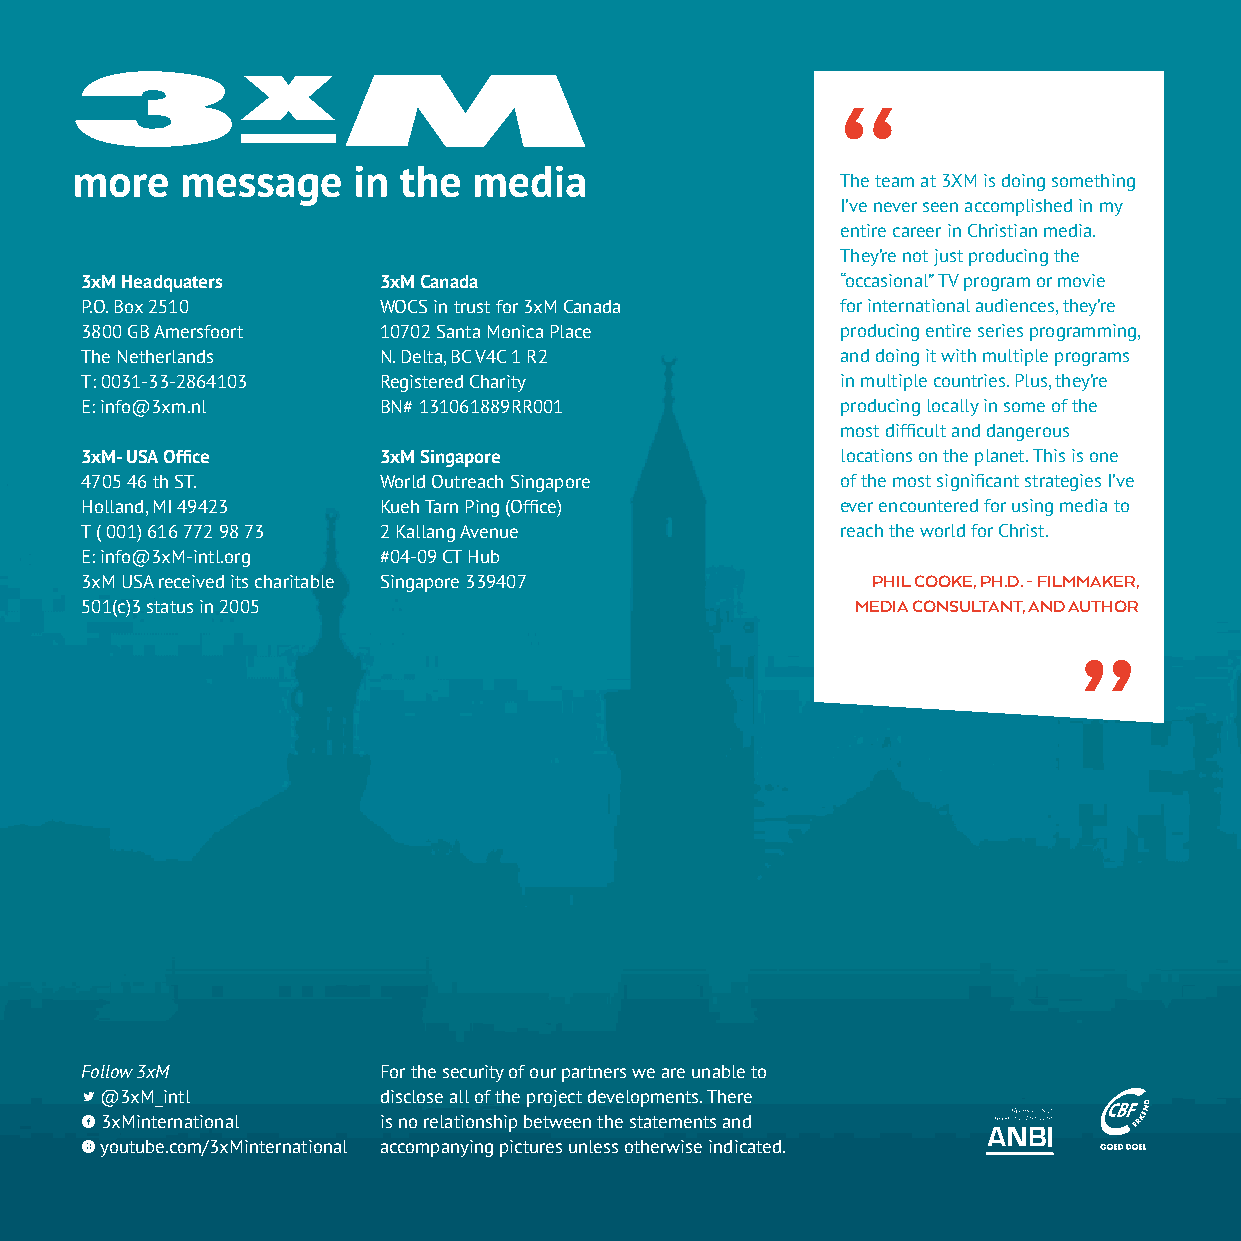
“
 The team at 3XM is doing something
 I’ve never seen accomplished in my
 entire career in Christian media.
 They’re not just producing the
 3xM Headquaters     3xM Canada                     “occasional” TV program or movie
 P.O. Box 2510       WOCS in trust for 3xM Canada   for international audiences, they’re
 3800 GB Amersfoort  10702 Santa Monica Place       producing entire series programming,
 The Netherlands     N. Delta, BC V4C 1 R2          and doing it with multiple programs
 T: 0031-33-2864103  Registered Charity             in multiple countries. Plus, they’re
 E: info@3xm.nl      BN# 131061889RR001             producing locally in some of the
 most difficult and dangerous
 3xM- USA Office     3xM Singapore                  locations on the planet. This is one
 4705 46 th ST.      World Outreach Singapore       of the most significant strategies I’ve
 Holland, MI 49423   Kueh Tarn Ping (Office)        ever encountered for using media to
 T ( 001) 616 772 98 73 2 Kallang Avenue            reach the world for Christ.
 E: info@3xM-intl.org #04-09 CT Hub
 3xM USA received its charitable Singapore 339407     PHIL COOKE, PH.D. - FILMMAKER,
 501(c)3 status in 2005                              MEDIA CONSULTANT, AND AUTHOR
 ”
 Follow 3xM          For the security of our partners we are unable to
 L @3xM_intl         disclose all of the project developments. There
 f 3xMinternational  is no relationship between the statements and
 x youtube.com/3xMinternational accompanying pictures unless otherwise indicated.